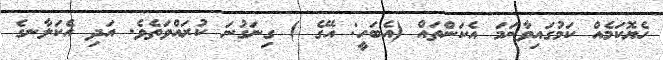
ހެޔޮކަމެއް ކަމުގައިވާނަމަ އެކަންތައް (އެބަހީ: އޭގެ ) ގިނަގުނަ ކުރައްވަތެވެ. އަދި އެކަލާނގެ